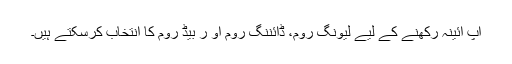
آپ آئینہ رکھنے کے لیے لیونگ روم، ڈائننگ روم او ر بیڈ روم کا انتخاب کرسکتے ہیں۔